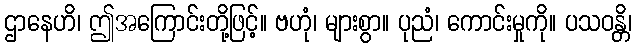
ဌာနေဟိ၊ ဤအကြောင်းတို့ဖြင့်။ ဗဟုံ၊ များစွာ။ ပုညံ၊ ကောင်းမှုကို။ ပသဝန္တိ၊